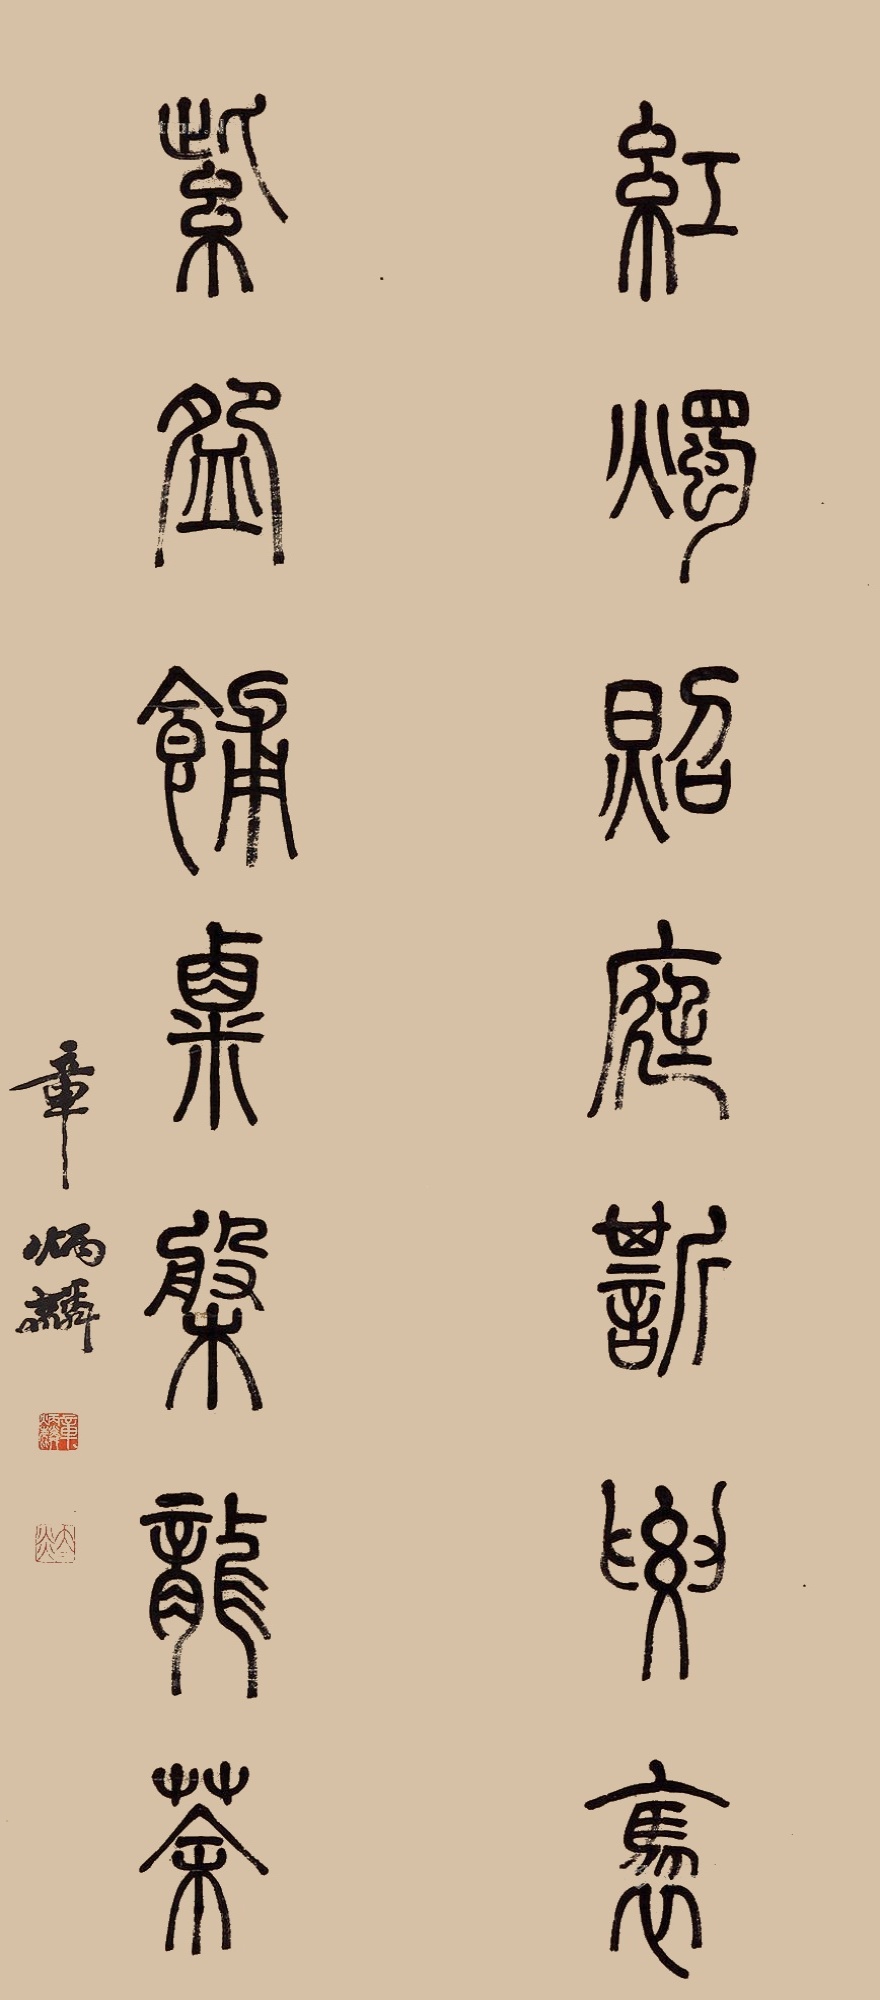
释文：红烛照庭嘶騕褭，紫碗铺粟槃龙茶。章炳麟。